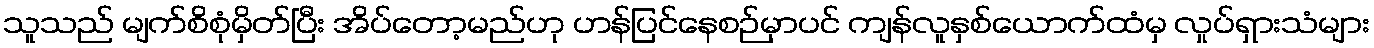
သူသည် မျက်စိစုံမှိတ်ပြီး အိပ်တော့မည်ဟု ဟန်ပြင်နေစဉ်မှာပင် ကျန်လူနှစ်ယောက်ထံမှ လှုပ်ရှားသံများ